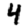
Digit: 4